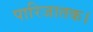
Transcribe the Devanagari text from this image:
पारिजातक।